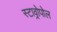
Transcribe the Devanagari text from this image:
स्टाव्रोपोल